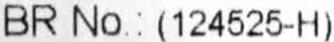
BR NO.: (124525-H)